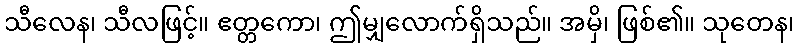
သီလေန၊ သီလဖြင့်။ ဧတ္တကော၊ ဤမျှလောက်ရှိသည်။ အမှိ၊ ဖြစ်၏။ သုတေန၊